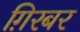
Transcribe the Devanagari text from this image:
ग़िरबर